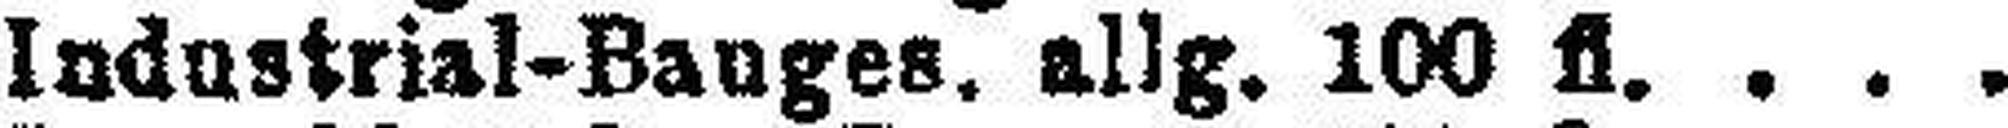
Industrial-Bauges. allg. 100 fl.